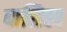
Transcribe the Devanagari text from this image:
बालिका